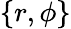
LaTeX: \{ r,\phi\}